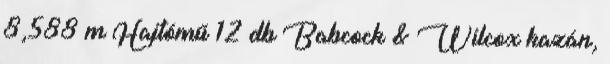
8,588 m Hajtómű 12 db Babcock & Wilcox kazán,